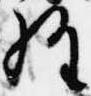
経